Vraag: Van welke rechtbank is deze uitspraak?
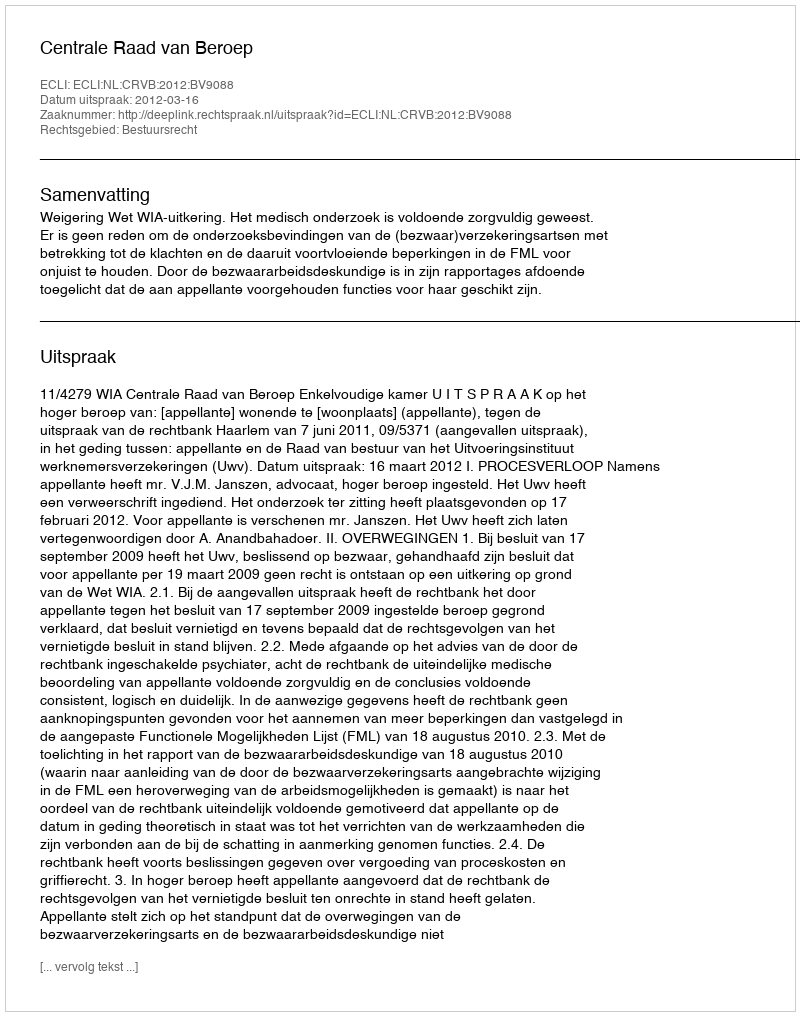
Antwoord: Centrale Raad van Beroep